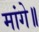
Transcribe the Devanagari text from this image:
मांगे॥